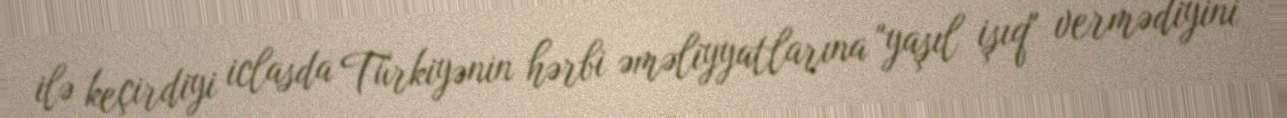
ilə keçirdiyi iclasda Türkiyənin hərbi əməliyyatlarına "yaşıl işıq" vermədiyini